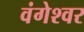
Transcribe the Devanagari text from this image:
वंगेश्‍वर